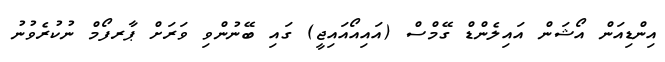
އިންޑިއަން އޯޝަން އައިލެންޑް ގޭމްސް (އައިއޯއައިޖީ) ގައި ބޭނުންވި ވަރަށް ޕާރފޯމް ނުކުރެވުނު